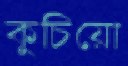
কুচিয়ো